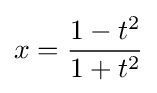
x={\frac {1-t^{2}}{1+t^{2}}}